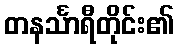
တနင်္သာရီတိုင်း၏